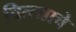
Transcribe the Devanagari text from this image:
चित्त्याचे